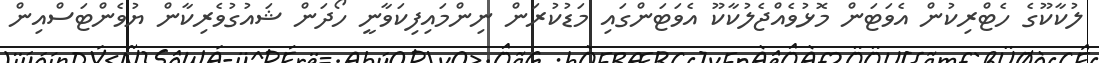
ލުކާކޫގެ ހެޓްރިކުން އެވަޓަން މޮޅުވެއްޖެލުކާކޫ އެވަޓަންގައި މަޑުކުރަން ނިންމައިފިކަވާނީ ހޯދަން ޝައުގުވެރިކާން ޔުވެންޓަސްއިން